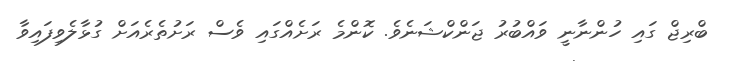
ބްރިޖް ގައި ހުންނާނީ ވައްބުރު ޖަންކްޝަނެވެ. ކޮންމެ ރަށެއްގައި ވެސް ރަށުތެރެއަށް ގުޅާލެވިފައިވާ